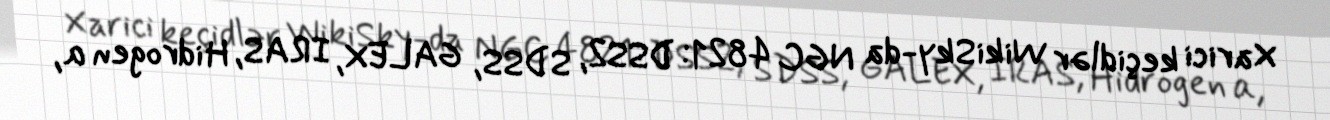
Xarici keçidlər WikiSky-da NGC 4821: DSS2, SDSS, GALEX, IRAS, Hidrogen α,